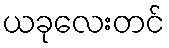
ယခုလေးတင်